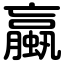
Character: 蠃